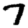
Digit: 7